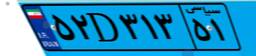
۵۲D۳۱۳۵۱